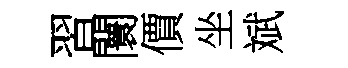
習闤價坐斌